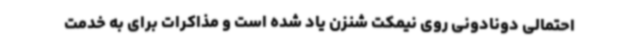
احتمالی دونادونی روی نیمکت شنزن یاد شده است و مذاکرات برای به خدمت